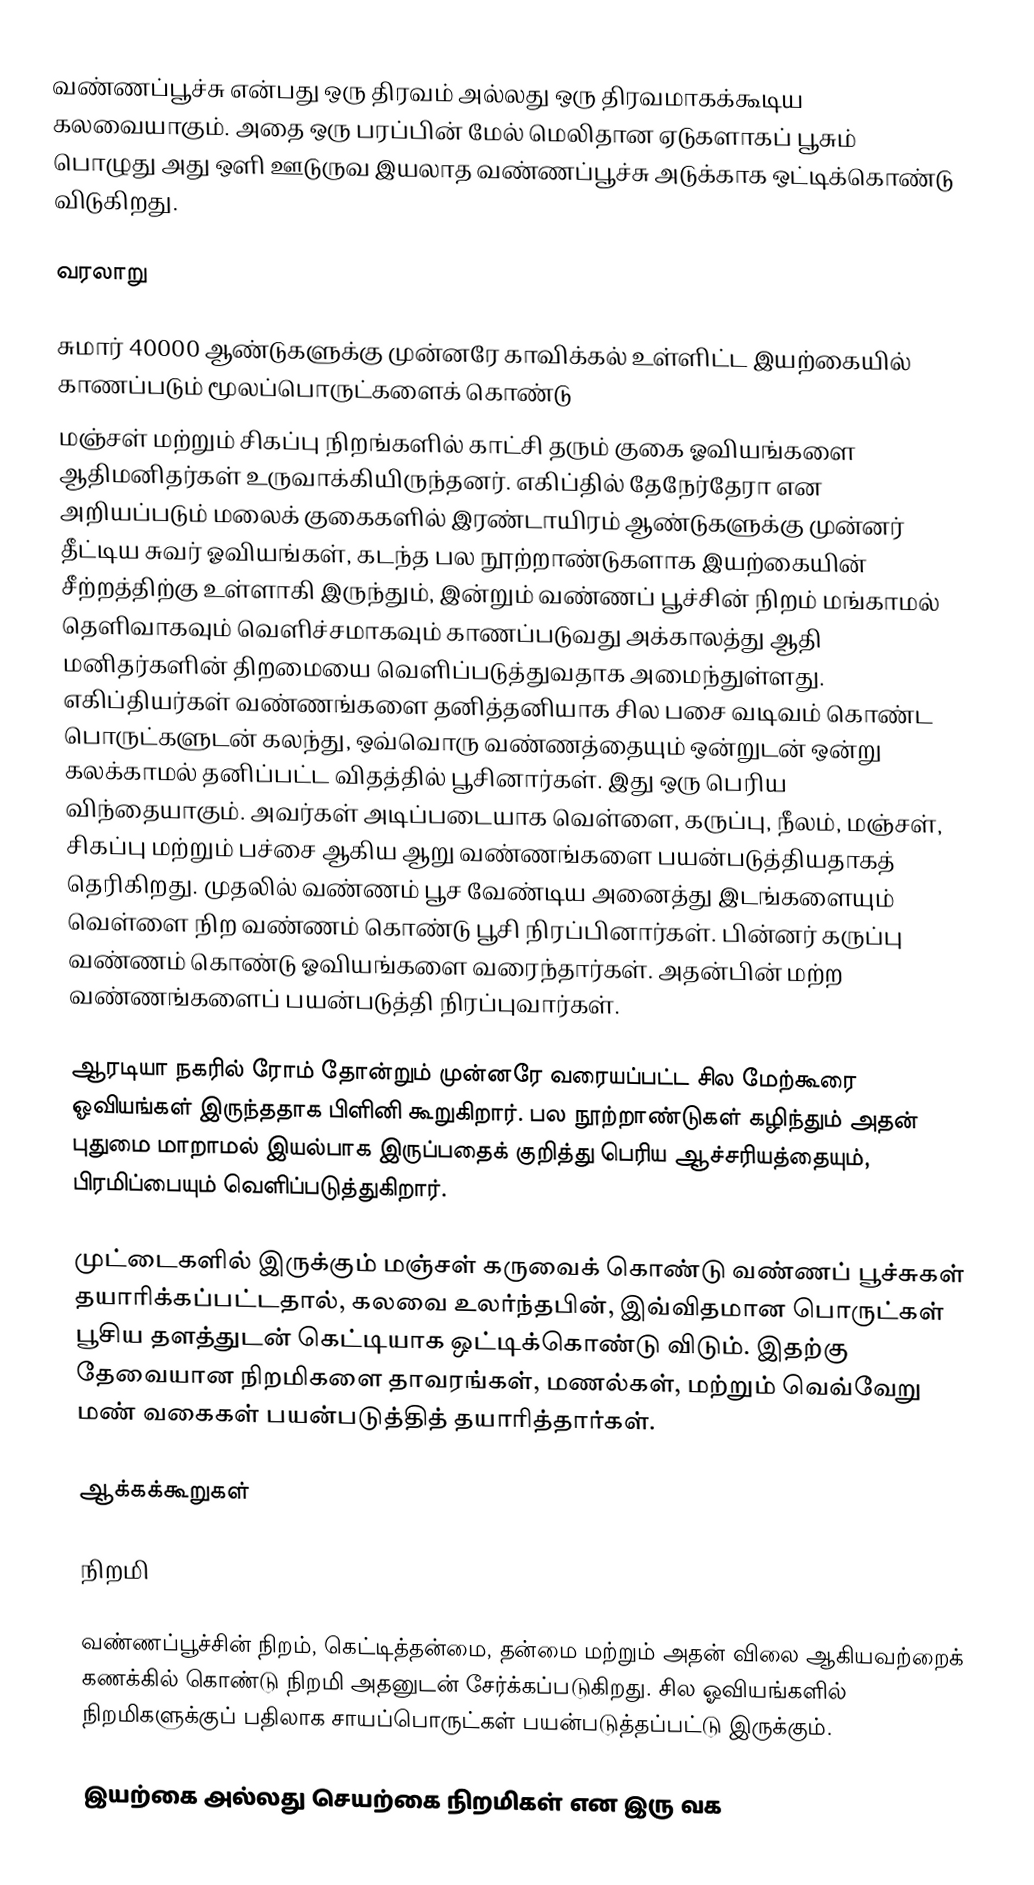
வண்ணப்பூச்சு என்பது ஒரு திரவம் அல்லது ஒரு திரவமாகக்கூடிய கலவையாகும். அதை ஒரு பரப்பின் மேல் மெலிதான ஏடுகளாகப் பூசும் பொழுது அது ஒளி ஊடுருவ இயலாத வண்ணப்பூச்சு அடுக்காக ஒட்டிக்கொண்டு விடுகிறது.

வரலாறு

சுமார் 40000 ஆண்டுகளுக்கு முன்னரே காவிக்கல் உள்ளிட்ட இயற்கையில் காணப்படும் மூலப்பொருட்களைக் கொண்டு
மஞ்சள் மற்றும் சிகப்பு நிறங்களில் காட்சி தரும் குகை ஓவியங்களை ஆதிமனிதர்கள் உருவாக்கியிருந்தனர். எகிப்தில் தேநேர்தேரா என அறியப்படும் மலைக் குகைகளில் இரண்டாயிரம் ஆண்டுகளுக்கு முன்னர் தீட்டிய சுவர் ஓவியங்கள், கடந்த பல நூற்றாண்டுகளாக இயற்கையின் சீற்றத்திற்கு உள்ளாகி இருந்தும், இன்றும் வண்ணப் பூச்சின் நிறம் மங்காமல் தெளிவாகவும் வெளிச்சமாகவும் காணப்படுவது அக்காலத்து ஆதி மனிதர்களின் திறமையை வெளிப்படுத்துவதாக அமைந்துள்ளது. எகிப்தியர்கள் வண்ணங்களை தனித்தனியாக சில பசை வடிவம் கொண்ட பொருட்களுடன் கலந்து, ஒவ்வொரு வண்ணத்தையும் ஒன்றுடன் ஒன்று கலக்காமல் தனிப்பட்ட விதத்தில் பூசினார்கள். இது ஒரு பெரிய விந்தையாகும். அவர்கள் அடிப்படையாக வெள்ளை, கருப்பு, நீலம், மஞ்சள், சிகப்பு மற்றும் பச்சை ஆகிய ஆறு வண்ணங்களை பயன்படுத்தியதாகத் தெரிகிறது. முதலில் வண்ணம் பூச வேண்டிய அனைத்து இடங்களையும் வெள்ளை நிற வண்ணம் கொண்டு பூசி நிரப்பினார்கள். பின்னர் கருப்பு வண்ணம் கொண்டு ஓவியங்களை வரைந்தார்கள். அதன்பின் மற்ற வண்ணங்களைப் பயன்படுத்தி நிரப்புவார்கள்.

ஆரடியா நகரில் ரோம் தோன்றும் முன்னரே வரையப்பட்ட சில மேற்கூரை ஓவியங்கள் இருந்ததாக பிளினி கூறுகிறார். பல நூற்றாண்டுகள் கழிந்தும் அதன் புதுமை மாறாமல் இயல்பாக இருப்பதைக் குறித்து பெரிய ஆச்சரியத்தையும், பிரமிப்பையும் வெளிப்படுத்துகிறார்.

முட்டைகளில் இருக்கும் மஞ்சள் கருவைக் கொண்டு வண்ணப் பூச்சுகள் தயாரிக்கப்பட்டதால், கலவை உலர்ந்தபின், இவ்விதமான பொருட்கள் பூசிய தளத்துடன் கெட்டியாக ஒட்டிக்கொண்டு விடும். இதற்கு தேவையான நிறமிகளை தாவரங்கள், மணல்கள், மற்றும் வெவ்வேறு மண் வகைகள் பயன்படுத்தித் தயாரித்தார்கள்.

ஆக்கக்கூறுகள்

நிறமி

வண்ணப்பூச்சின் நிறம், கெட்டித்தன்மை, தன்மை மற்றும் அதன் விலை ஆகியவற்றைக் கணக்கில் கொண்டு நிறமி அதனுடன் சேர்க்கப்படுகிறது. சில ஓவியங்களில் நிறமிகளுக்குப் பதிலாக சாயப்பொருட்கள் பயன்படுத்தப்பட்டு இருக்கும்.

இயற்கை அல்லது செயற்கை நிறமிகள் என இரு வக